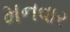
મનવાર